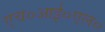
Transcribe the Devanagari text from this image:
एच०आई०एल०